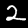
Digit: 2